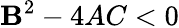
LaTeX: \mathbf{B}^{2}-4AC<0